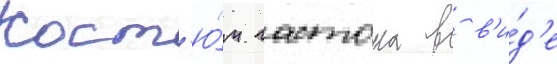
Кост'ю́м гастона в в'и́д'е